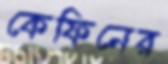
কেফিনের